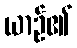
ယာဉ်၏